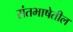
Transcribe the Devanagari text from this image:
संतभाषेतील